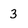
Character: 3